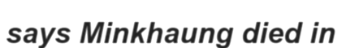
says Minkhaung died in